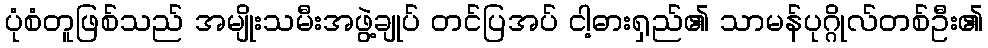
ပုံစံတူဖြစ်သည် အမျိုးသမီးအဖွဲ့ချုပ် တင်ပြအပ် ငါ့ဓားရှည်၏ သာမန်ပုဂ္ဂိုလ်တစ်ဦး၏